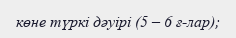
көне түркі дәуірі (5 – 6 ғ-лар);